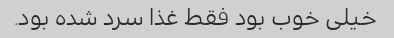
خیلی خوب بود فقط غذا سرد شده بود.